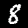
Digit: 8